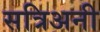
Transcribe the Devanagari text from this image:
सत्रिअनी